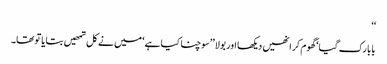
‘‘
بابا رک گیا‘ گھوم کر انھیں دیکھا اور بولا ’’سوچنا کیا ہے‘ میں نے کل تمھیں بتایا تو تھا۔